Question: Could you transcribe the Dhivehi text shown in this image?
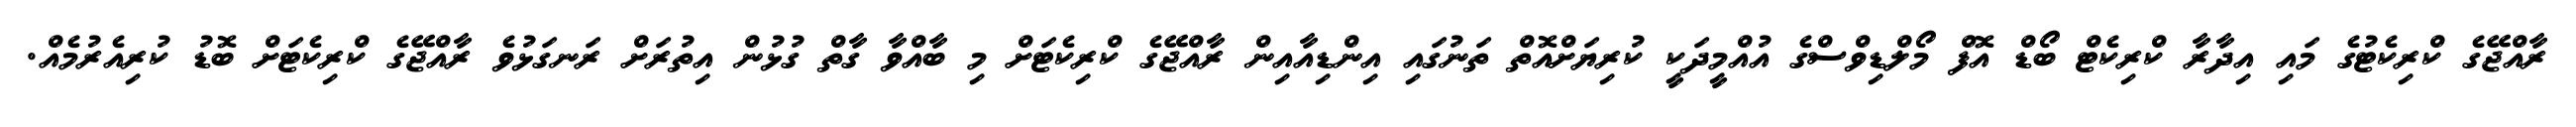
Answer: ރާއްޖޭގެ ކްރިކެޓުގެ މައި އިދާރާ ކްރިކެޓް ބޯޑް އޮފް މޯލްޑިވްސްގެ އުއްމީދަކީ ކުރިޔަށްއޮތް ތަނުގައި އިންޑިއާއިން ރާއްޖޭގެ ކްރިކެޓަށް މި ބާއްވާ ގާތް ގުޅުން އިތުރަށް ރަނގަޅުވެ ރާއްޖޭގެ ކްރިކެޓަށް ބޮޑު ކުރިއެރުމެއް.